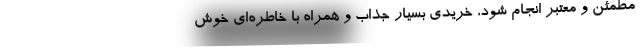
مطمئن و معتبر انجام شود، خریدی بسیار جذاب و همراه با خاطره‌ای خوش